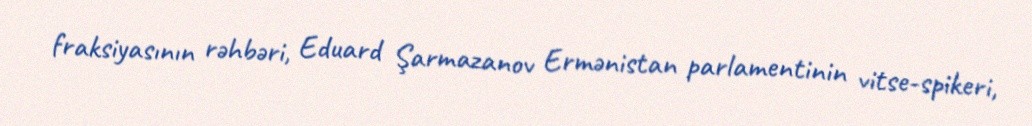
fraksiyasının rəhbəri, Eduard Şarmazanov Ermənistan parlamentinin vitse-spikeri,